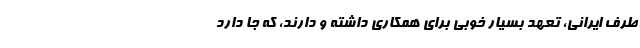
طرف ایرانی، تعهد بسیار خوبی برای همکاری داشته و دارند، که جا دارد